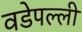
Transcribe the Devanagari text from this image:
वडेपल्‍ली